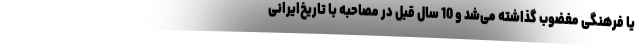
یا فرهنگی مغضوب گذاشته می‌شد و 10 سال قبل در مصاحبه با تاریخ‌ایرانی